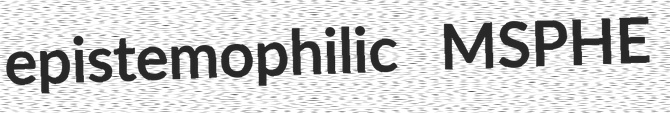
epistemophilic MSPHE